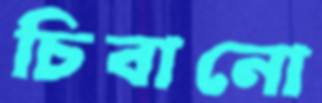
চিবানো